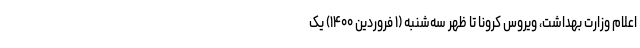
اعلام وزارت بهداشت، ویروس کرونا تا ظهر سه‌شنبه (۱ فروردین ۱۴۰۰) یک